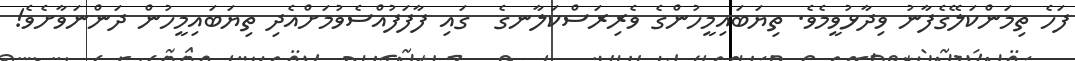
ފަހެ ތިމަންކަލޭގެފާނު ވިދާޅުވީމެވެ. ތިޔަބައިމީހުންގެ ވެރިރަސްކަލާނގެ  ގައި ފާފަފުއްސެވުމަށްއެދި ތިޔަބައިމީހުން ދަންނަވާށެވެ!